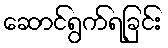
ဆောင်ရွက်ရခြင်း